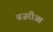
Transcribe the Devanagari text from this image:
बज़रीआ